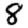
Digit: 8